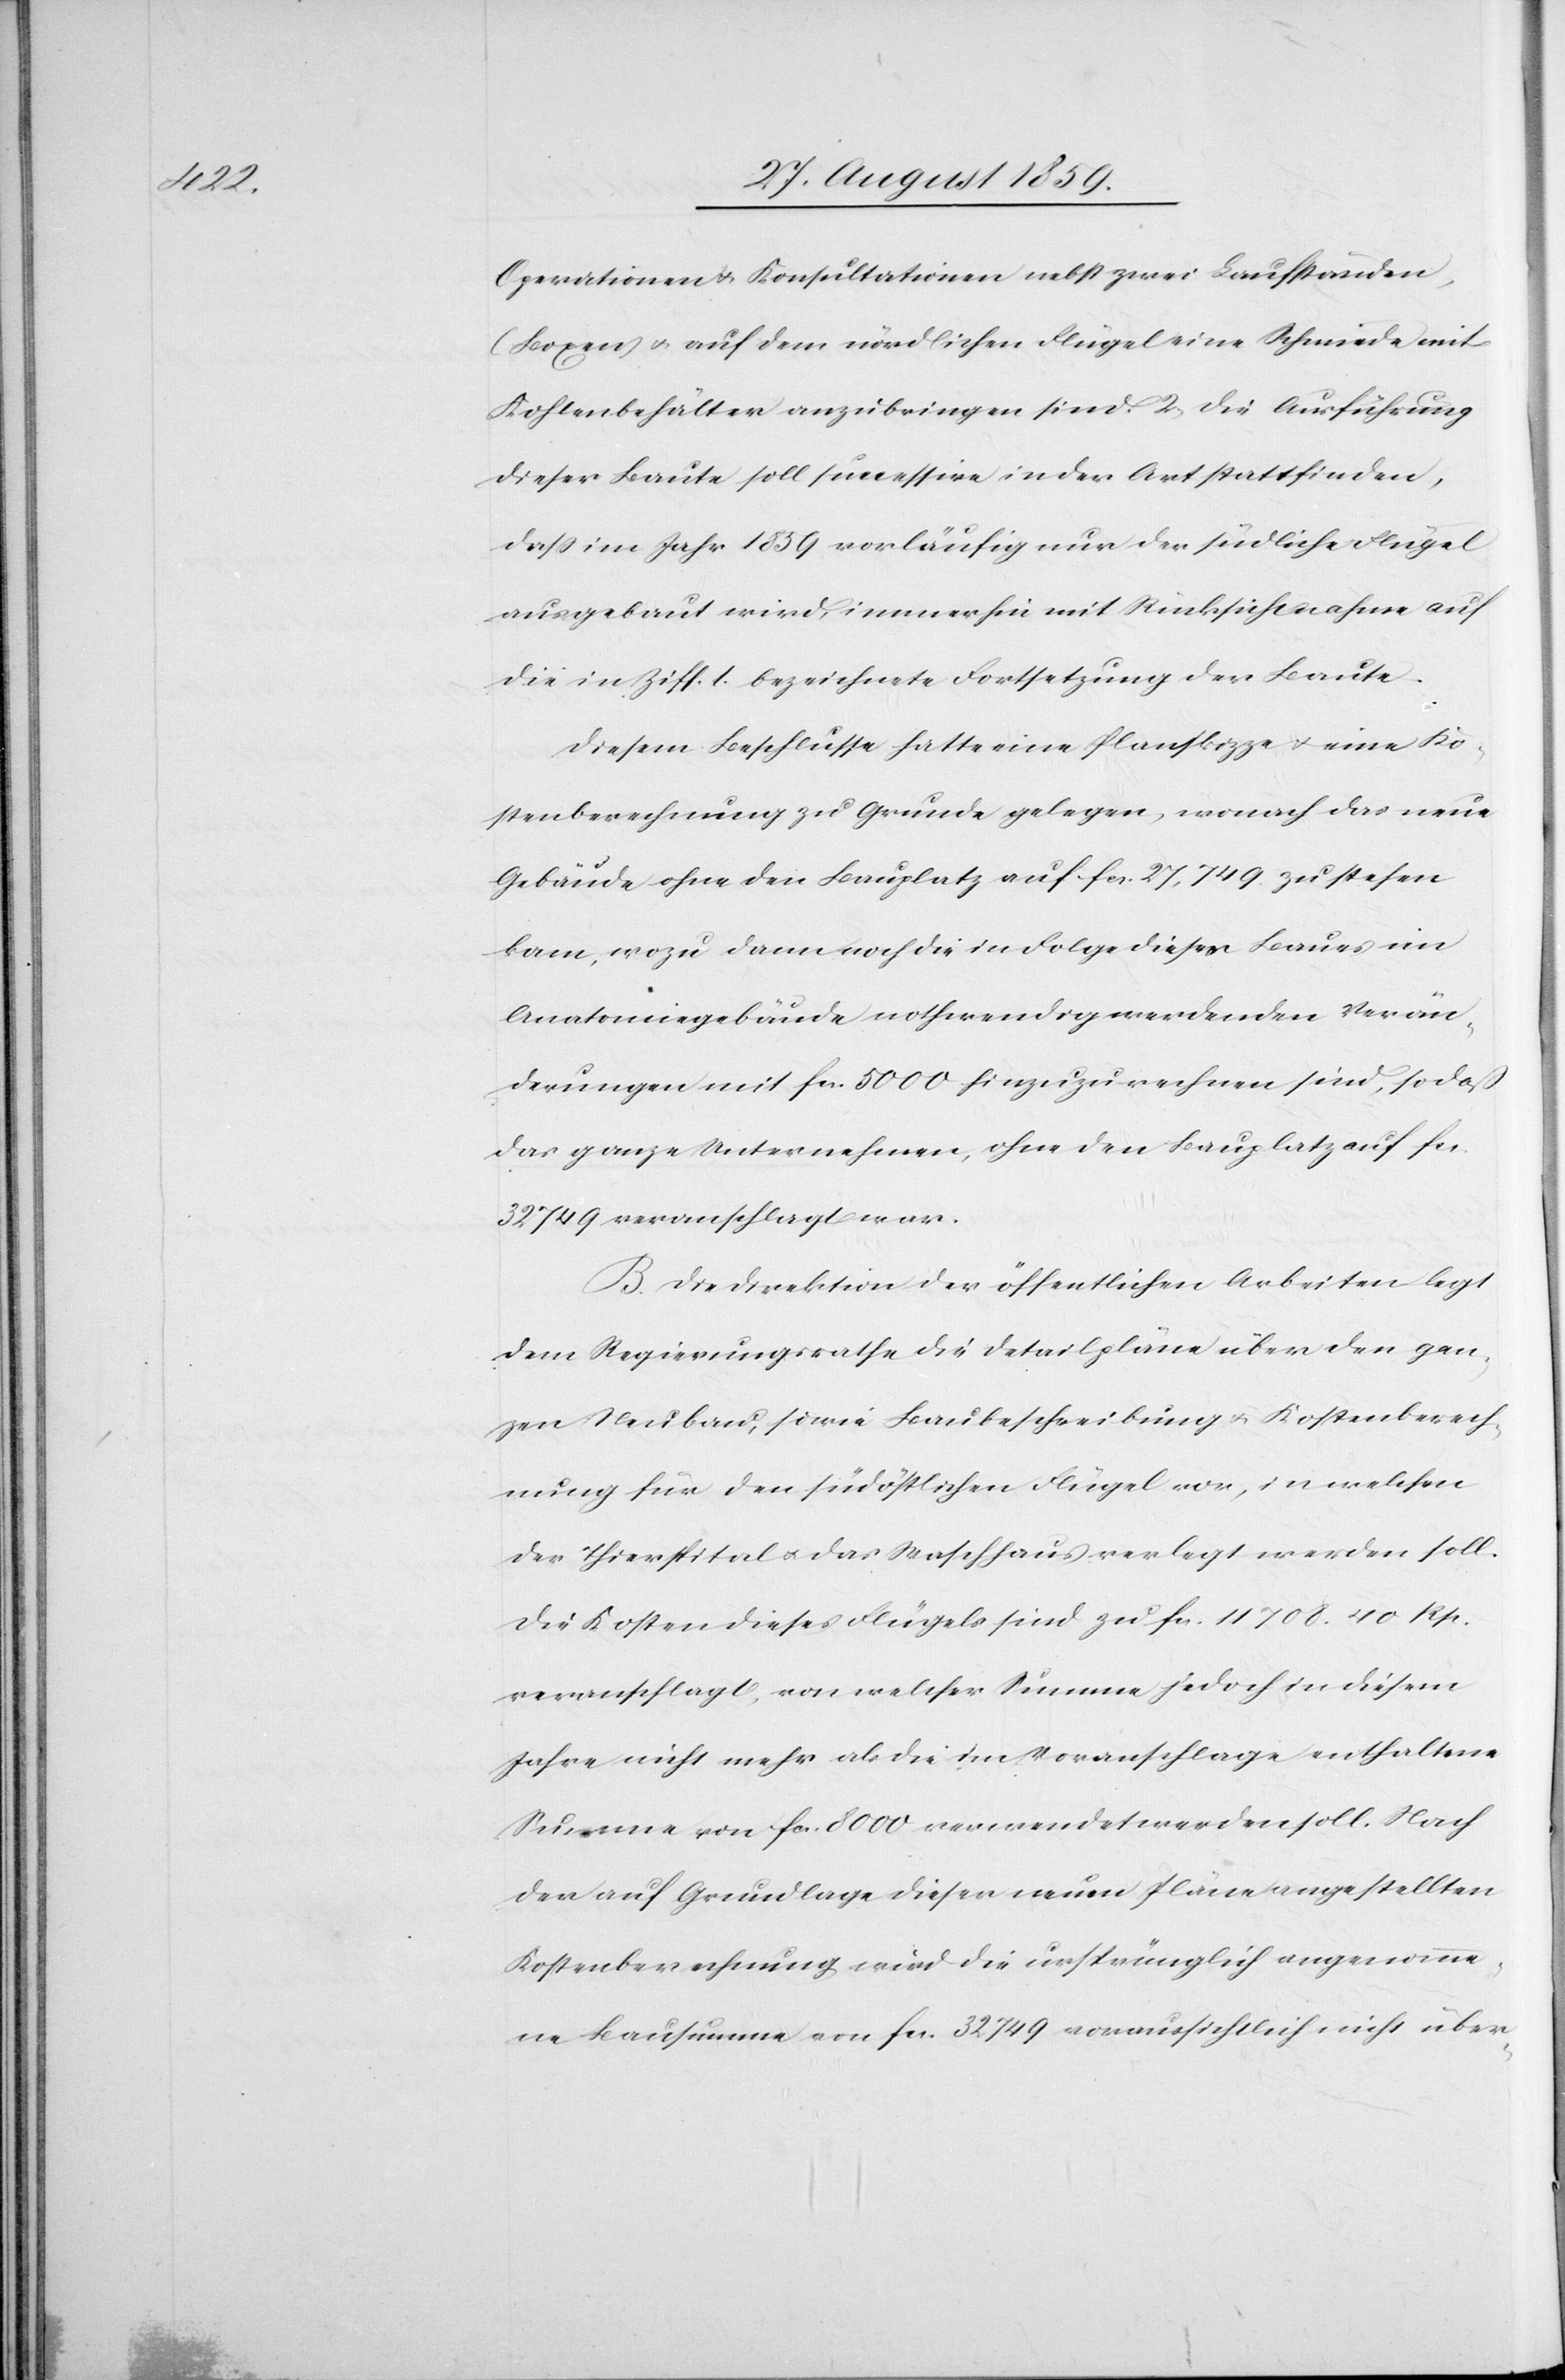
Operationen & Konsultationen nebst zwei Laufständen
(Boxen) & auf dem nördlichen Flügel eine Schmiede mit
Kohlenbehälter anzubringen sind. 2) Die Ausführung
dieser Baute soll successive in der Art stattfinden,
daß im Jahr 1859 vorläufig nur der südliche Flügel
ausgebaut wird, immerhin mit Rücksichtnahme auf
die in Ziff. 1. bezeichnete Fortsetzung der Baute.
Diesem Beschlusse hatte eine Planskizze & eine Ko¬
stenberechnung zu Grunde gelegen, wonach das neue
Gebäude ohne den Bauplatz auf fcs. 27,749. zu stehen
kam, wozu dann noch die in Folge dieses Baues im
Anatomiegebäude nothwendig werdenden Verän¬
derungen mit fcs. 5000 hinzuzurechnen sind, sodaß
das ganze Unternehmen, ohne den Bauplatz auf fcs.
32749 veranschlagt war.
B. Die Direktion der öffentlichen Arbeiten legt
dem Regierungsrathe die Detailpläne über den gan¬
zen Neubau, sowie Baubeschreibung & Kostenberech¬
nung für den südöstlichen Flügel vor, in welchen
der Thierspital & das Waschhaus verlegt werden soll.
Die Kosten dieses Flügels sind zu fcs. 11708. 40 Rp.
veranschlagt, von welcher Summe jedoch in diesem
Jahre nicht mehr als die im Voranschlage enthaltene
Summe von fcs. 8000 verwendet werden soll. Nach
der auf Grundlage dieser neuen Pläne angestellten
Kostenberechnung wird die ursprünglich angenomme¬
ne Bausumme von fcs. 32749 voraussichtlich nicht über-